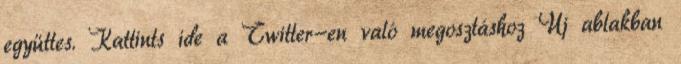
együttes. Kattints ide a Twitter-en való megosztáshoz Új ablakban